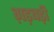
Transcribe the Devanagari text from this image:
ग़ड़बड़ी